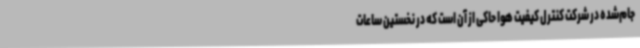
جام‌شده در شرکت کنترل کیفیت هوا حاکی از آن است که در نخستین ساعات